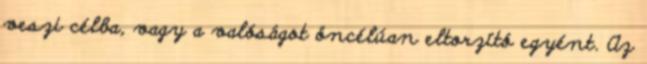
veszi célba, vagy a valóságot öncélúan eltorzító egyént. Az